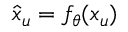
\hat { x } _ { u } = f _ { \theta } ( x _ { u } )